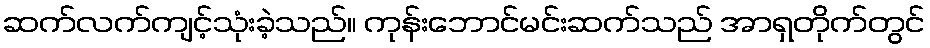
ဆက်လက်ကျင့်သုံးခဲ့သည်။ ကုန်းဘောင်မင်းဆက်သည် အာရှတိုက်တွင်